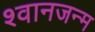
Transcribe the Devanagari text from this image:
श्वानजन्म